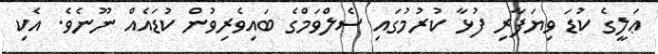
ޢަލީގެ ކުޑަ ވިޔަފާރި ފުޅާ ކުރުމުގައި ސެލްވަމްގެ ބައިވެރިވުން ކުޑައެއް ނޫނެވެ. އެކި